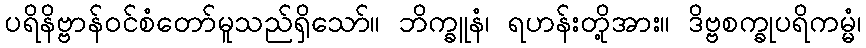
ပရိနိဗ္ဗာန်ဝင်စံတော်မူသည်ရှိသော်။ ဘိက္ခူနံ၊ ရဟန်းတို့အား။ ဒိဗ္ဗစက္ခုပရိကမ္မံ၊